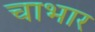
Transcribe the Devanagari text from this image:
चाभार